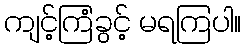
ကျင့်ကြံခွင့် မရကြပါ။